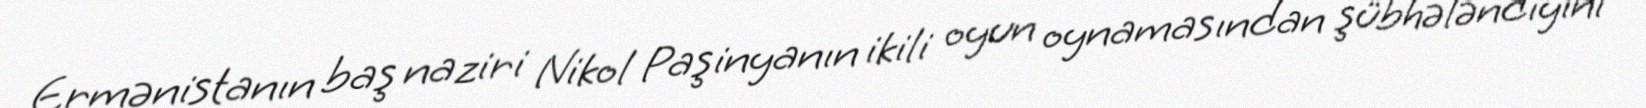
Ermənistanın baş naziri Nikol Paşinyanın ikili oyun oynamasından şübhələndiyini